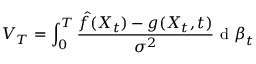
V _ { T } = \int _ { 0 } ^ { T } { \frac { \hat { f } ( X _ { t } ) - g ( X _ { t } , t ) } { { \sigma ^ { 2 } } } \mathrm { ~ d ~ } \boldsymbol { \beta } _ { t } }